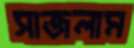
সাজলাম